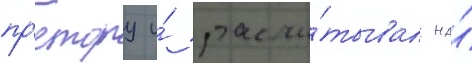
пр'етору и́ рассчи́тывал на́